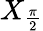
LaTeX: X_{\frac{\pi}{2}}